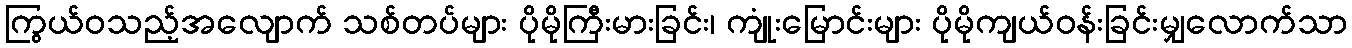
ကြွယ်ဝသည့်အလျောက် သစ်တပ်များ ပိုမိုကြီးမားခြင်း၊ ကျုံးမြောင်းများ ပိုမိုကျယ်ဝန်းခြင်းမျှလောက်သာ